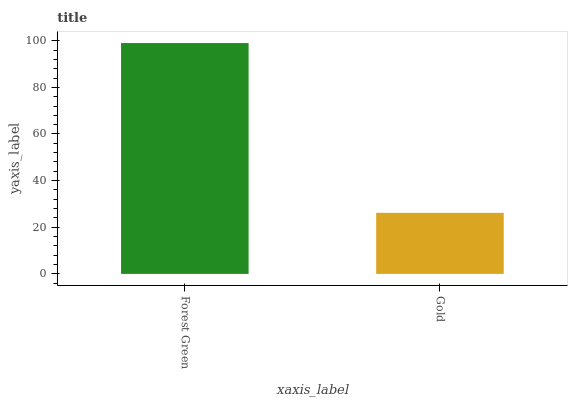
| xaxis_label | bars |
 | --- | --- |
 | Forest Green | 99 |
 | Gold | 26.2 |